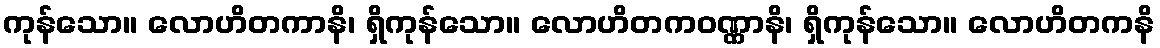
ကုန်သော။ လောဟိတကာနိ၊ ရှိကုန်သော။ လောဟိတကဝဏ္ဏာနိ၊ ရှိကုန်သော။ လောဟိတကနိ